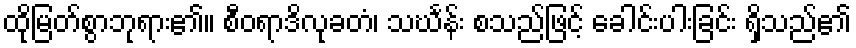
ထိုမြတ်စွာဘုရား၏။ စီဝရာဒိလုခတံ၊ သင်္ဃန်း စသည်ဖြင့် ခေါင်းပါးခြင်း ရှိသည်၏